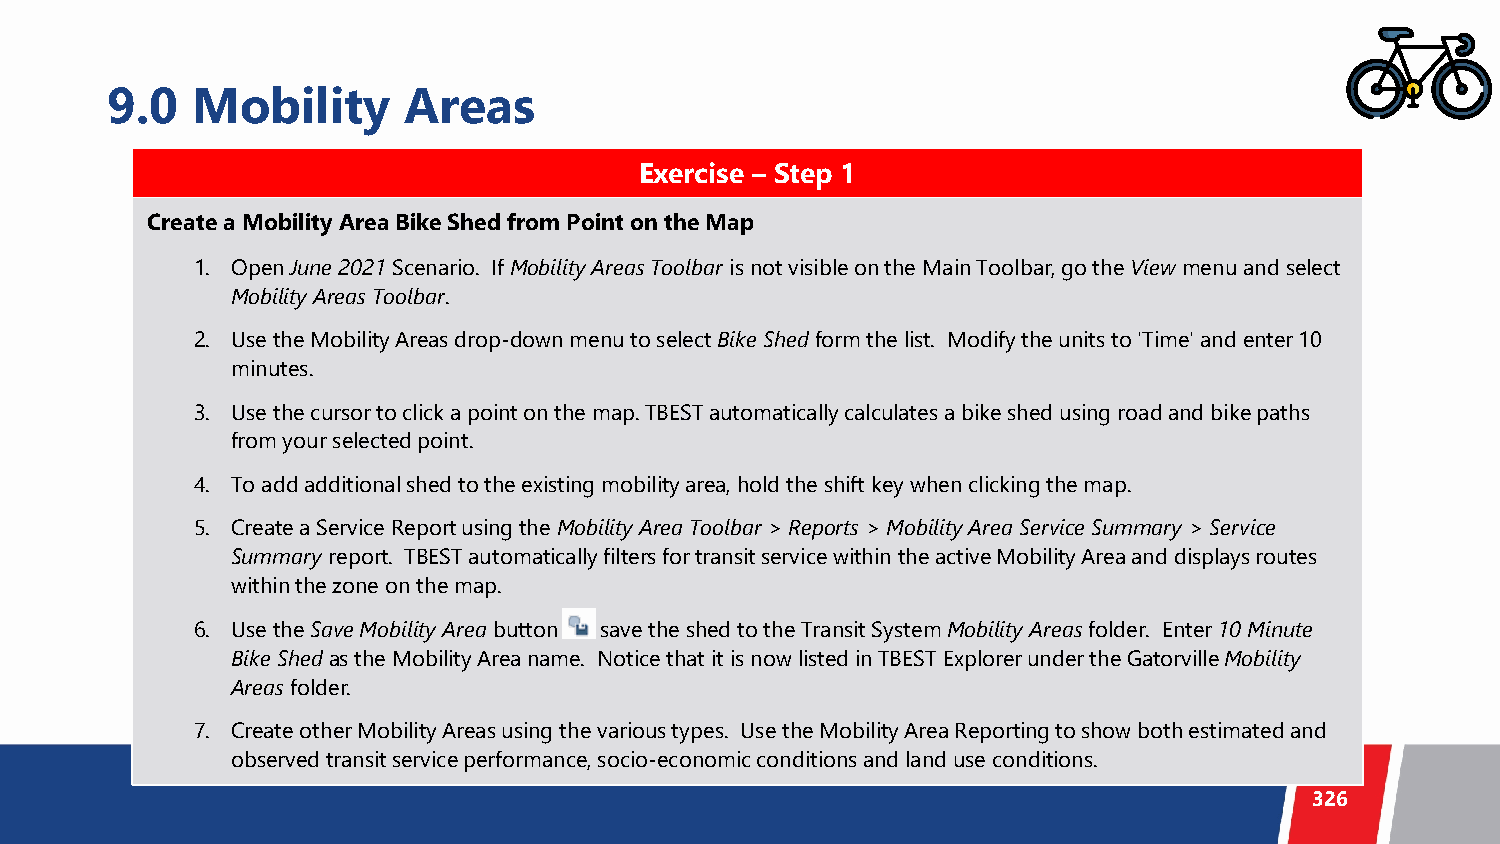
9.0   Mobility      Areas
 Exercise – Step 1
 Create a Mobility Area Bike Shed from Point on the Map
 1. Open June 2021 Scenario. If Mobility Areas Toolbar is not visible on the Main Toolbar, go the Viewmenu and select
 Mobility Areas Toolbar.
 2. Use the Mobility Areas drop-down menu to select Bike Shed form the list. Modify the units to 'Time' and enter 10
 minutes.
 3. Use the cursor to click a point on the map. TBEST automatically calculates a bike shed using road and bike paths
 from your selected point.
 4. To add additional shed to the existing mobility area, hold the shift key when clicking the map.
 5. Create a Service Report using the Mobility Area Toolbar > Reports > Mobility Area Service Summary > Service
 Summary report. TBEST automatically filters for transit service within the active Mobility Area and displays routes
 within the zone on the map.
 6. Use the Save Mobility Area button save the shed to the Transit System Mobility Areas folder. Enter 10 Minute
 Bike Shedas the Mobility Area name. Notice that it is now listed in TBEST Explorer under the GatorvilleMobility
 Areas folder.
 7. Create other Mobility Areas using the various types. Use the Mobility Area Reporting to show both estimated and
 observed transit service performance, socio-economic conditions and land use conditions.
 326